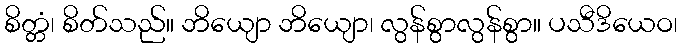
စိတ္တံ၊ စိတ်သည်။ ဘိယျော ဘိယျော၊ လွန်စွာလွန်စွာ။ ပသီဒိယေဝ၊